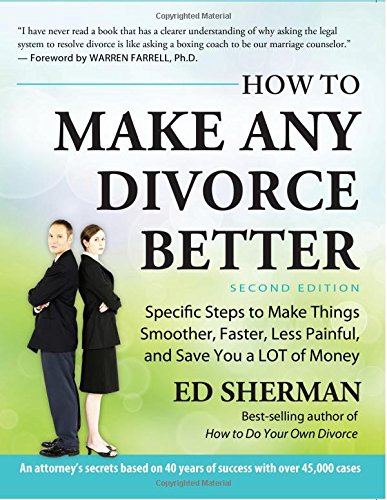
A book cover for How To Make Any Divorce Better: Specific Steps to Make Things Smoother, Faster, Less Painful and Save You a Lot of Money; Ed Sherman; Law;